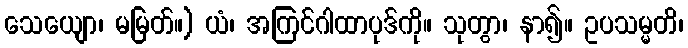
သေယျော၊ မမြတ်။) ယံ၊ အကြင်ဂါထာပုဒ်ကို။ သုတွာ၊ နာ၍။ ဥပသမ္မတိ၊